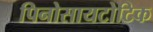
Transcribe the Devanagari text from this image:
पिनोसायटोटिक